Proceedings of the meeting of veterinary officers in India
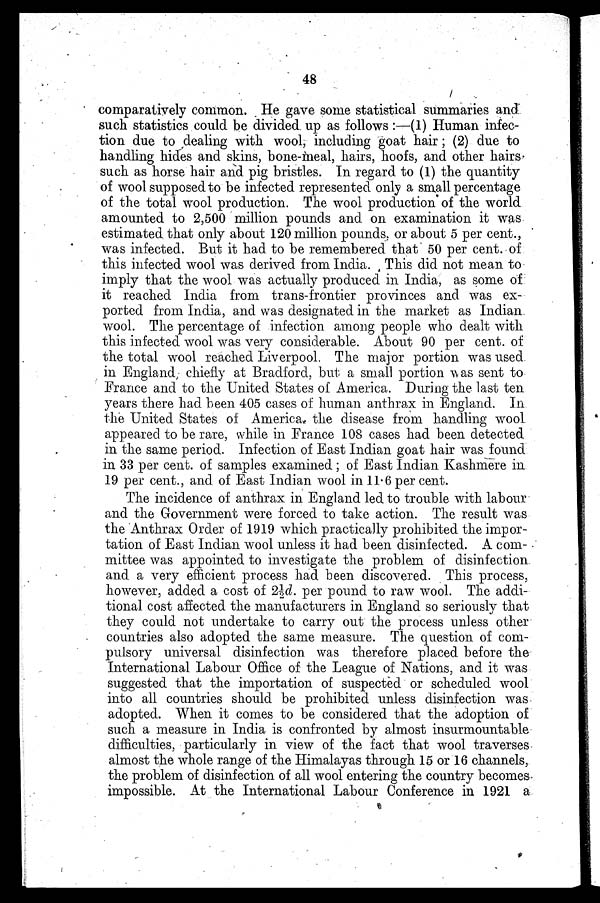
48
comparatively common. He gave some statistical summaries and
such statistics could be divided up as follows:—(1) Human infec-
tion due to dealing with wool, including goat hair; (2) due to
handling hides and skins, bone-meal, hairs, hoofs, and other hairs
such as horse hair and pig bristles. In regard to (1) the quantity
of wool supposed to be infected represented only a small percentage
of the total wool production. The wool production of the world
amounted to 2,500 million pounds and on examination it was
estimated that only about 120 million pounds, or about 5 per cent.,
was infected. But it had to be remembered that 50 per cent. of
this infected wool was derived from India. This did not mean to
imply that the wool was actually produced in India, as some of
it reached India from trans-frontier provinces and was ex-
ported from India, and was designated in the market as Indian
wool. The percentage of infection among people who dealt with
this infected wool was very considerable. About 90 per cent. of
the total wool reached Liverpool. The major portion was used
in England chiefly at Bradford, but a small portion was sent to
France and to the United States of America. During the last ten
years there had been 405 cases of human anthrax in England. In
the United States of America the disease from handling wool
appeared to be rare, while in France 108 cases had been detected
in the same period. Infection of East Indian goat hair was found
in 33 per cent. of samples examined; of East Indian Kashmere in
19 per cent., and of East Indian wool in 11.6 per cent.
The incidence of anthrax in England led to trouble with labour
and the Government were forced to take action. The result was
the Anthrax Order of 1919 which practically prohibited the impor-
tation of East Indian wool unless it had been disinfected. A com-
mittee was appointed to investigate the problem of disinfection
and a very efficient process had been discovered. This process,
however, added a cost of 2½d. per pound to raw wool. The addi-
tional cost affected the manufacturers in England so seriously that
they could not undertake to carry out the process unless other
countries also adopted the same measure. The question of com-
pulsory universal disinfection was therefore placed before the
International Labour Office of the League of Nations, and it was
suggested that the importation of suspected or scheduled wool
into all countries should be prohibited unless disinfection was
adopted. When it comes to be considered that the adoption of
such a measure in India is confronted by almost insurmountable
difficulties, particularly in view of the fact that wool traverses
almost the whole range of the Himalayas through 15 or 16 channels,
the problem of disinfection of all wool entering the country becomes
impossible. At the International Labour Conference in 1921 a